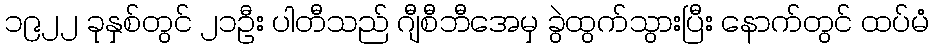
၁၉၂၂ ခုနှစ်တွင် ၂၁ဦး ပါတီသည် ဂျီစီဘီအေမှ ခွဲထွက်သွားပြီး နောက်တွင် ထပ်မံ